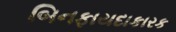
બિનફાયદાકારક